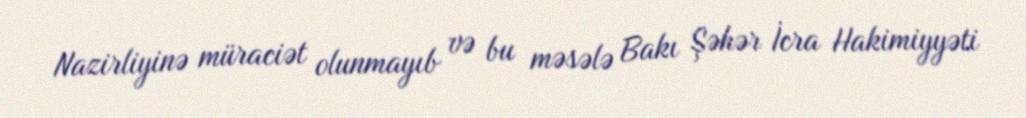
Nazirliyinə müraciət olunmayıb və bu məsələ Bakı Şəhər İcra Hakimiyyəti